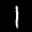
Digit: 1